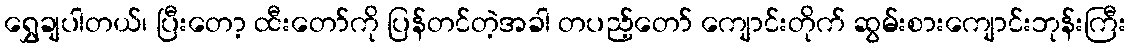
ရွှေချပါတယ်၊ ပြီးတော့ ထီးတော်ကို ပြန်တင်တဲ့အခါ တပည့်တော် ကျောင်းတိုက် ဆွမ်းစားကျောင်းဘုန်းကြီး